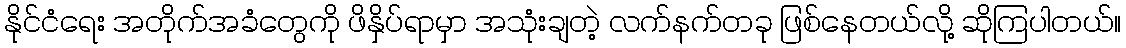
နိုင်ငံရေး အတိုက်အခံတွေကို ဖိနှိပ်ရာမှာ အသုံးချတဲ့ လက်နက်တခု ဖြစ်နေတယ်လို့ ဆိုကြပါတယ်။